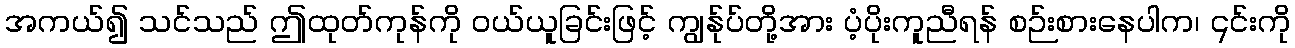
အကယ်၍ သင်သည် ဤထုတ်ကုန်ကို ဝယ်ယူခြင်းဖြင့် ကျွန်ုပ်တို့အား ပံ့ပိုးကူညီရန် စဉ်းစားနေပါက၊ ၎င်းကို